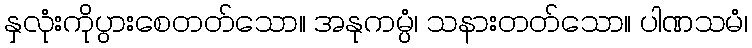
နှလုံးကိုပွားစေတတ်သော။ အနုကမ္ပံ၊ သနားတတ်သော။ ပါဏသမံ၊